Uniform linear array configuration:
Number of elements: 24
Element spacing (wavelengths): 0.75
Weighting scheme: hamming
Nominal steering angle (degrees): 60
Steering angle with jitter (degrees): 59.604
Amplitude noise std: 0.05
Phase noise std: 0.05

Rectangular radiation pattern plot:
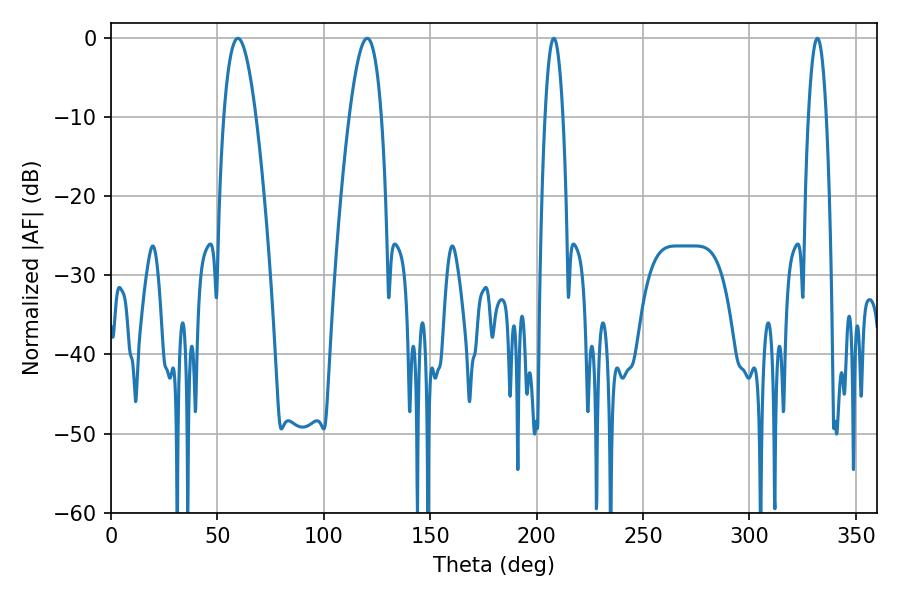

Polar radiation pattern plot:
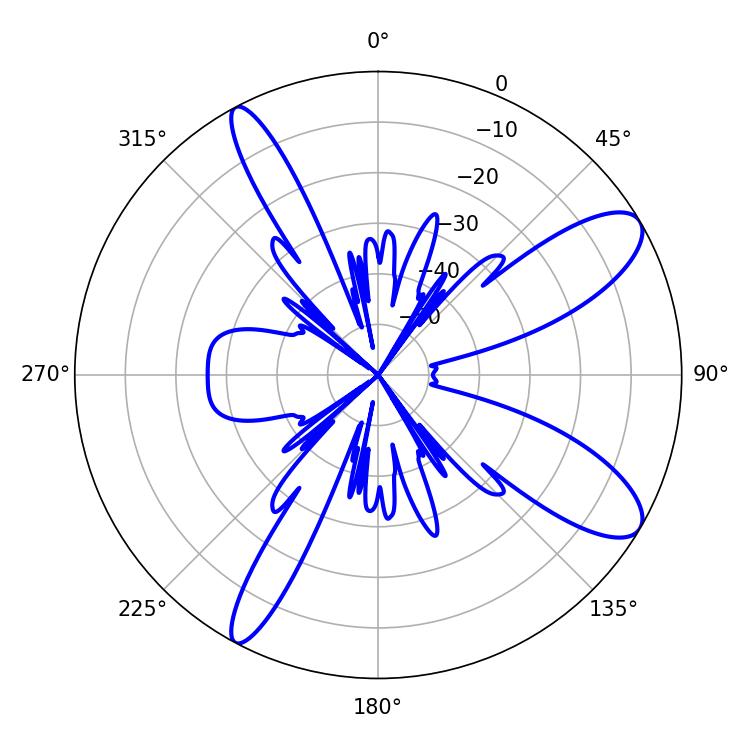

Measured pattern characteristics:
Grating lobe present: TRUE
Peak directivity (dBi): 10.307
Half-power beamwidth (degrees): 4.68
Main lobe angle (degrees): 208.08